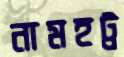
নামহট্ট